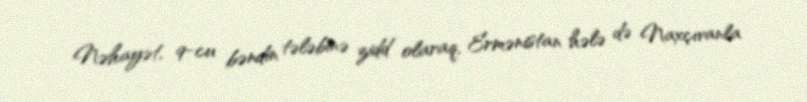
Nəhayət, 9-cu bəndin tələbinə zidd olaraq, Ermənistan hələ də Naxçıvanla